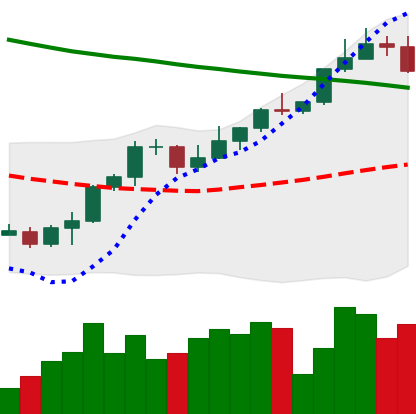
Ticker: ETH-USD
Chart end date: 2022-03-31
Forward return: 3.966%
Label: up_3_5